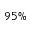
9 5 \%